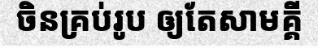
ចិនគ្រប់រូប ឲ្យតែសាមគ្គី